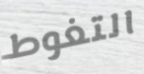
التغوط